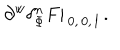
\partial ^ { w } \delta _ { \Phi } ^ { n } F | _ { \, 0 , \, 0 , \, l } \, .